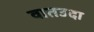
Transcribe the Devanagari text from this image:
वातउदा